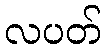
လပတ်